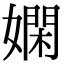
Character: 嫻